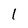
Character: l